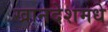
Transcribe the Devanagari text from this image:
खानदेशमधे